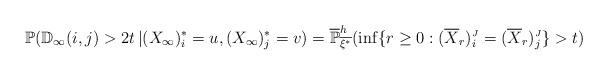
LaTeX: \begin{align*}\mathbb{P}(\mathbb{D}_{\infty}(i,j) > 2t \,| (X_{\infty})^{*}_{i} = u, (X_{\infty})^{*}_{j} = v) = \overline{\mathbb{P}}_{\overline{\xi^{*}}}^{h}(\inf\{r \ge 0: (\overline{X}_{r})^{\mbox{\tiny $J$}}_{i} = (\overline{X}_{r})^{\mbox{\tiny $J$}}_{j} \} > t)\end{align*}